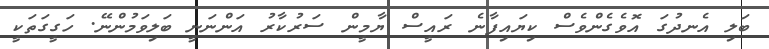
ބަލި އެނދުގަ އޮވެގެންވެސް ކިޔައިފާނެ ރައީސް ޔާމީން ސަރުކާރު އަންނަނީ ބަލިވަމުންނޭ. ހަގީގަތަކީ